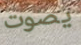
يصوت